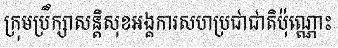
ក្រុមប្រឹក្សាសន្តិសុខអង្គការសហប្រជាជាតិប៉ុណ្ណោះ